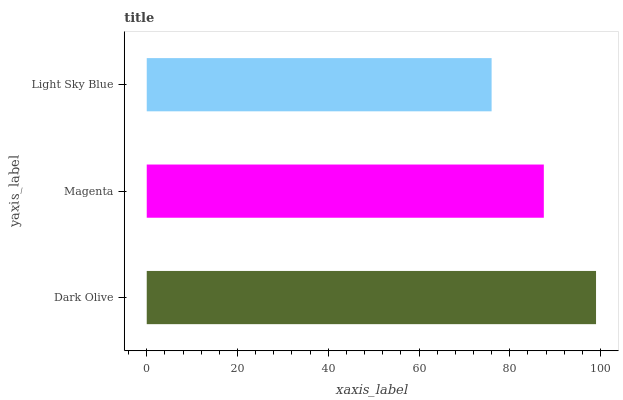
| yaxis_label | bars |
 | --- | --- |
 | Dark Olive | 99 |
 | Magenta | 87.5 |
 | Light Sky Blue | 76 |